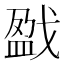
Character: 戤